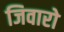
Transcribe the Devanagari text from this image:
जिवारो